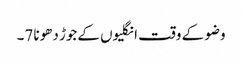
وضو کے وقت انگلیوں کےجوڑ دھونا 7۔